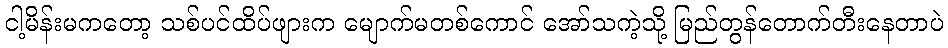
ငါ့မိန်းမကတော့ သစ်ပင်ထိပ်ဖျားက မျောက်မတစ်ကောင် အော်သကဲ့သို့ မြည်တွန်တောက်တီးနေတာပဲ